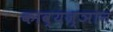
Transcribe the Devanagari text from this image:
काव्यज्ञान